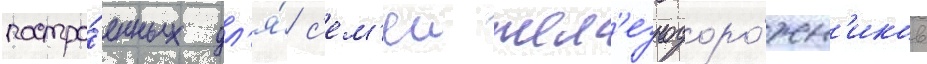
постро́енных дл'я́ с'ем'еи жел'езнодоро́жн'иков